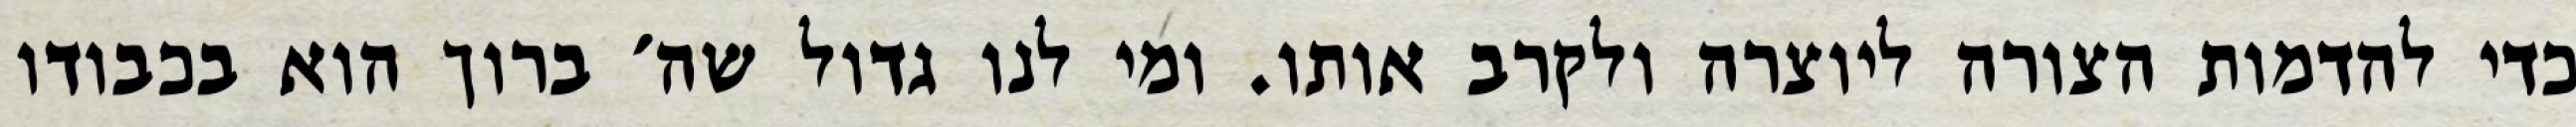
כדי להדמות הצורה ליוצרה ולקרב אותו. ומי לנו גדול שה׳ ברוך הוא בכבודו